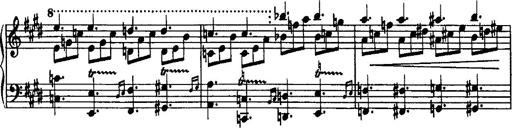
Title: Rondo di bravura
Composer: Franz Liszt